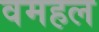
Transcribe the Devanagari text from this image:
वमहल